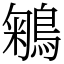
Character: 鵴